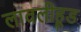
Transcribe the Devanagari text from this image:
लावलीहूड